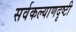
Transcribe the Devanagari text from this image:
सर्वकल्याणदृष्टी